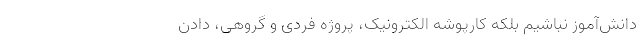
دانش‌آموز نباشیم بلکه کارپوشه الکترونیک، پروژه فردی و گروهی، دادن